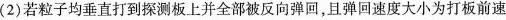
(2)若粒子均垂直打到探测板上并全部被反向弹回，且弹回速度大小为打板前速